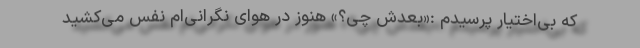
که بی‌اختیار پرسیدم :«بعدش چی؟» هنوز در هوای نگرانی‌ام نفس می‌کشید